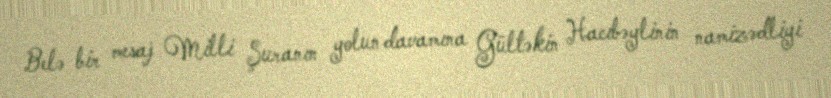
Belə bir mesaj Milli Şuranın yolun davamına Gültəkin Hacıbəylinin namizədliyi